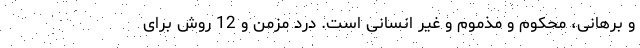
و برهانی، محکوم و مذموم و غیر انسانی است. درد مزمن و 12 روش برای